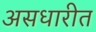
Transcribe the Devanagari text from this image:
असधारीत